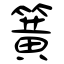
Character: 簧